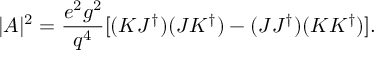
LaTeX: | A | ^ { 2 } = { \frac { e ^ { 2 } g ^ { 2 } } { q ^ { 4 } } } [ ( K J ^ { \dag } ) ( J K ^ { \dag } ) - ( J J ^ { \dag } ) ( K K ^ { \dag } ) ] .